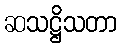
ဆသဋ္ဌိသတာ